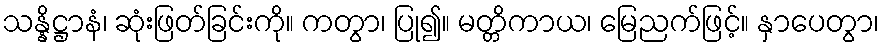
သန္နိဋ္ဌာနံ၊ ဆုံးဖြတ်ခြင်းကို။ ကတွာ၊ ပြု၍။ မတ္တိကာယ၊ မြေညက်ဖြင့်။ နှာပေတွာ၊